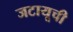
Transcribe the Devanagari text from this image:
जटायूची